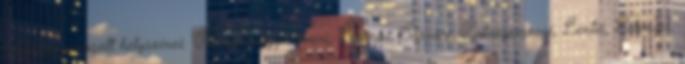
telepítés javasolt helyszínei: Mosonmagyaróvári, Csornai, Sárvári, Zalaegerszegi, Lentii, Letenyei,